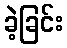
ခဲ့ခြင်း